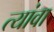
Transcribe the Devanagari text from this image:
त्यांवा